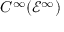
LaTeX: C ^ { \infty } ( { \mathcal { E } } ^ { \infty } )